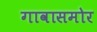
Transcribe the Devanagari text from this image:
गावासमोर